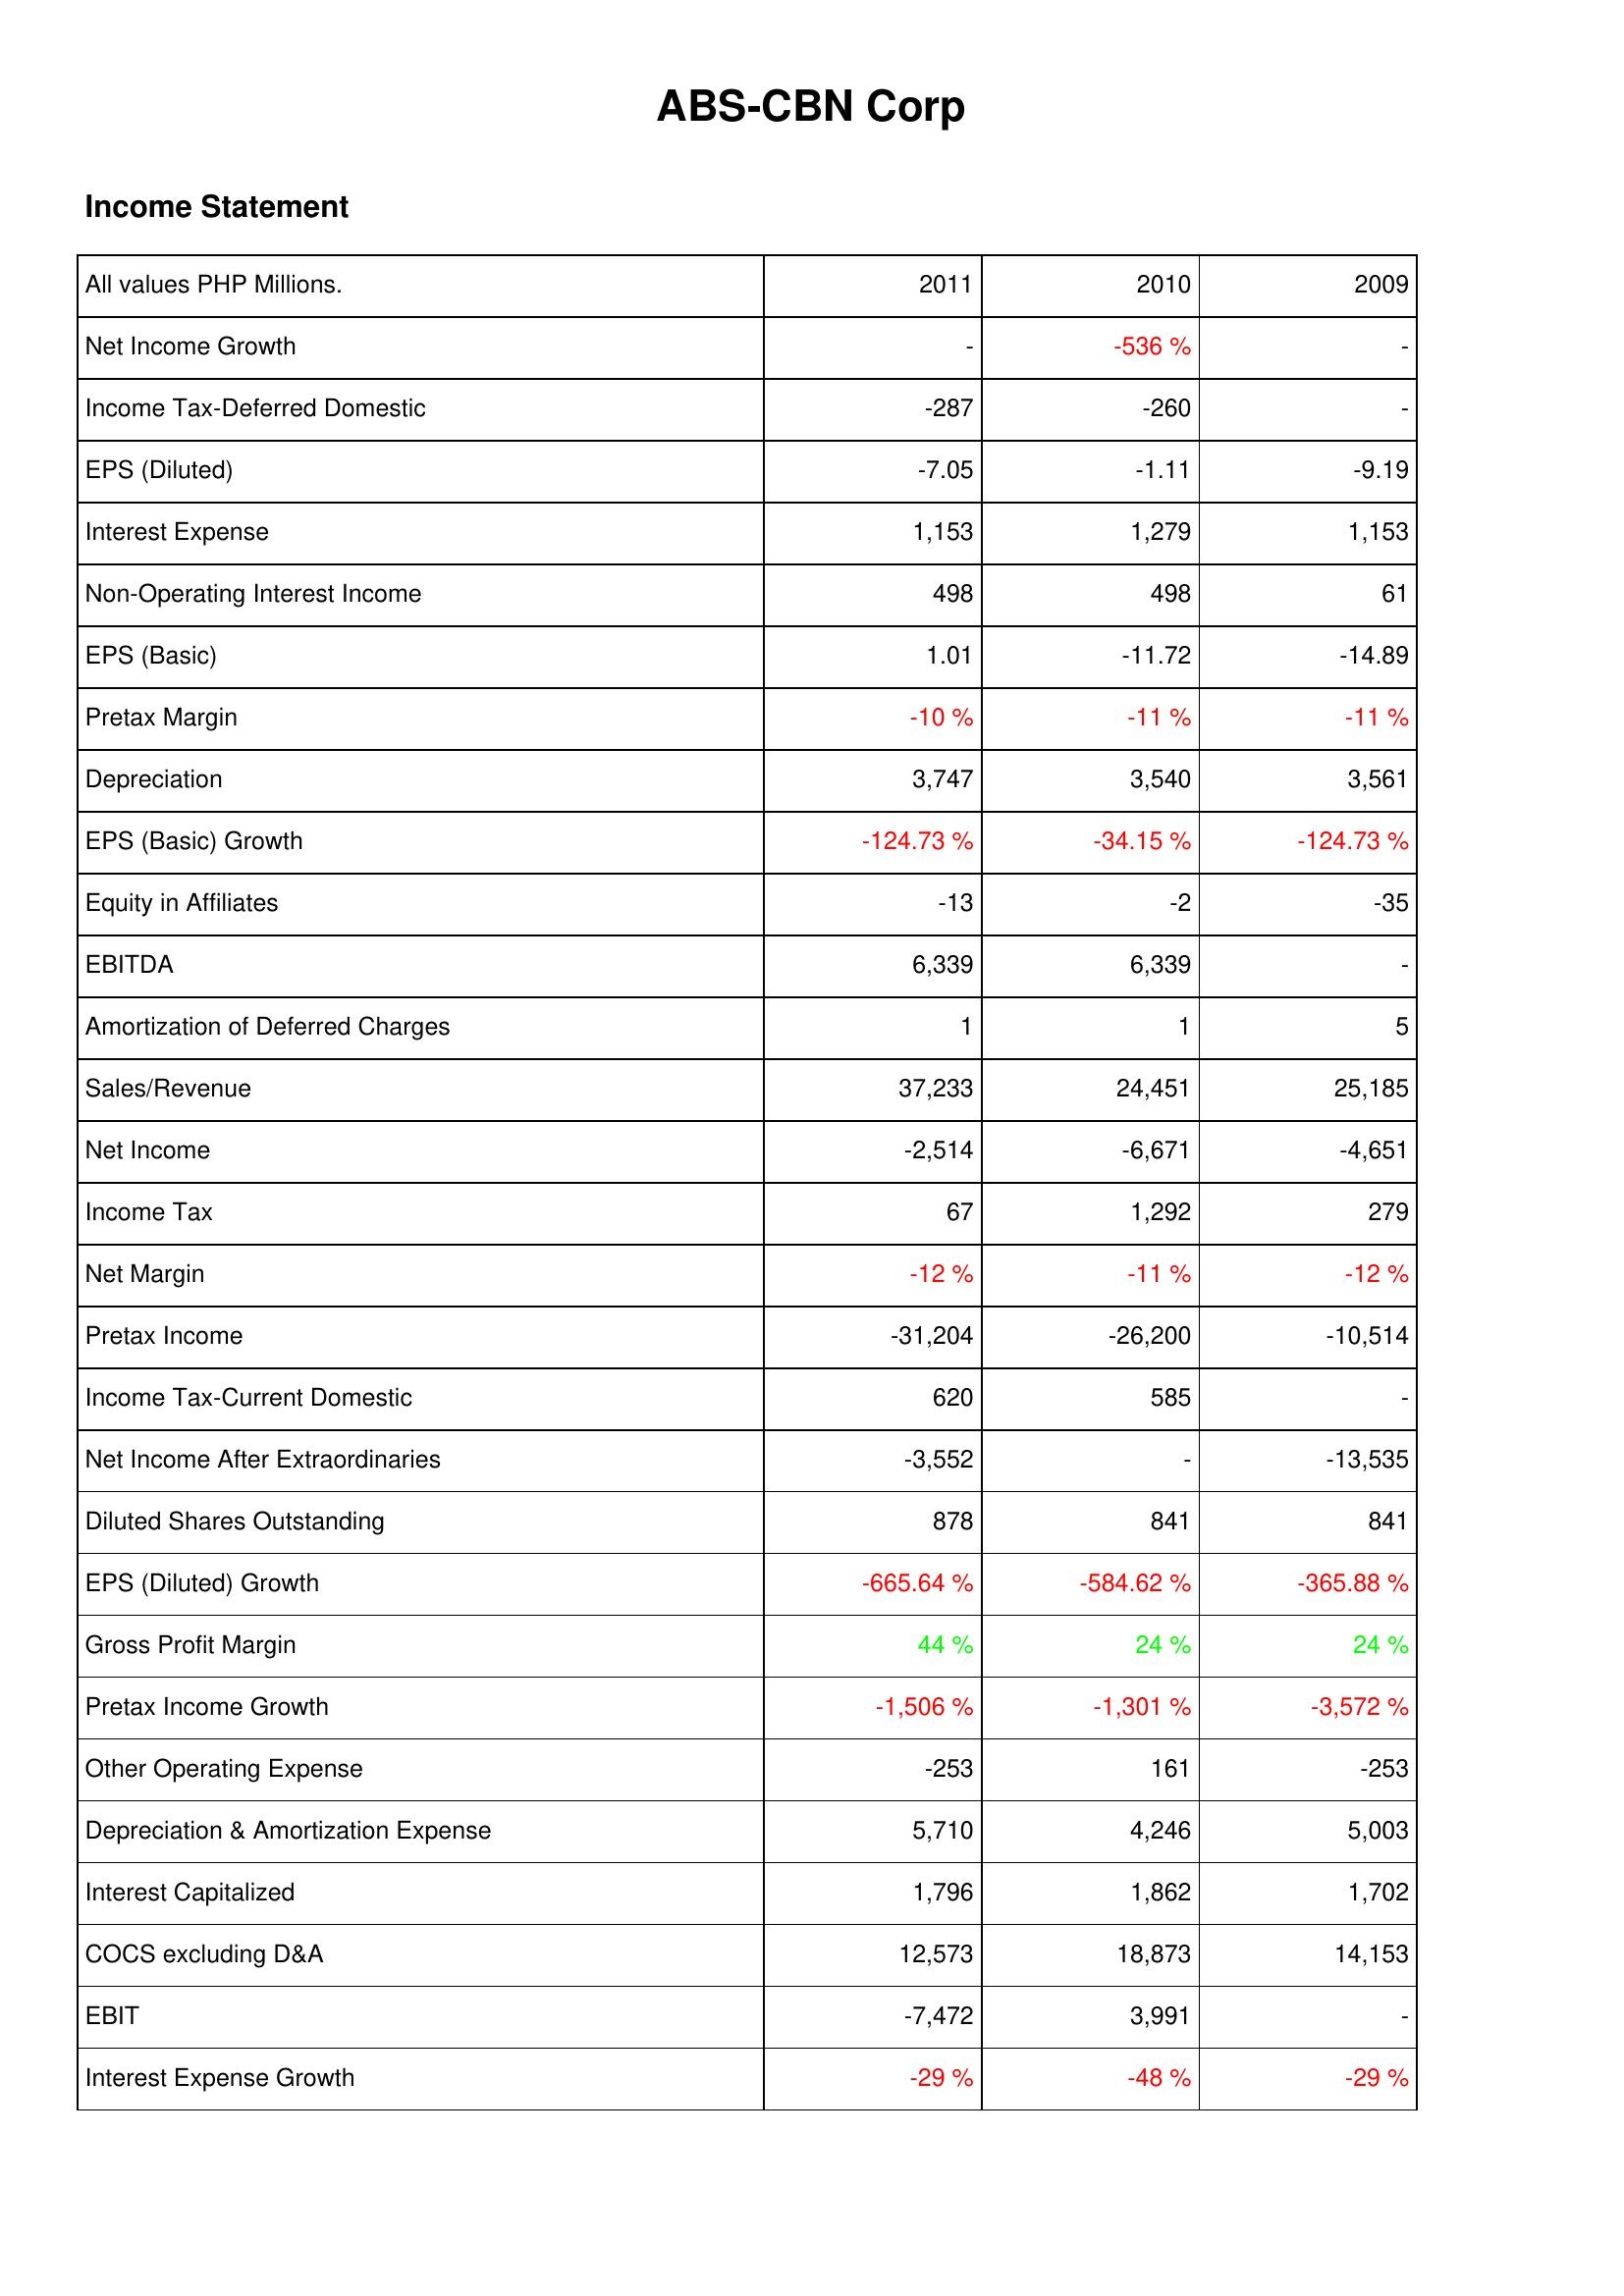
2011: Income Statement: Net Income Growth: -
Income Tax-Deferred Domestic: -287
EPS (Diluted): -7.05
Interest Expense: 1,153
Non-Operating Interest Income: 498
EPS (Basic): 1.01
Pretax Margin: -10 %
Depreciation: 3,747
EPS (Basic) Growth: -124.73 %
Equity in Affiliates: -13
EBITDA: 6,339
Amortization of Deferred Charges: 1
Sales/Revenue: 37,233
Net Income: -2,514
Income Tax: 67
Net Margin: -12 %
Pretax Income: -31,204
Income Tax-Current Domestic: 620
Net Income After Extraordinaries: -3,552
Diluted Shares Outstanding: 878
EPS (Diluted) Growth: -665.64 %
Gross Profit Margin: 44 %
Pretax Income Growth: -1,506 %
Other Operating Expense: -253
Depreciation & Amortization Expense: 5,710
Interest Capitalized: 1,796
COCS excluding D&A: 12,573
EBIT: -7,472
Interest Expense Growth: -29 %
2010: Income Statement: Net Income Growth: -536 %
Income Tax-Deferred Domestic: -260
EPS (Diluted): -1.11
Interest Expense: 1,279
Non-Operating Interest Income: 498
EPS (Basic): -11.72
Pretax Margin: -11 %
Depreciation: 3,540
EPS (Basic) Growth: -34.15 %
Equity in Affiliates: -2
EBITDA: 6,339
Amortization of Deferred Charges: 1
Sales/Revenue: 24,451
Net Income: -6,671
Income Tax: 1,292
Net Margin: -11 %
Pretax Income: -26,200
Income Tax-Current Domestic: 585
Net Income After Extraordinaries: -
Diluted Shares Outstanding: 841
EPS (Diluted) Growth: -584.62 %
Gross Profit Margin: 24 %
Pretax Income Growth: -1,301 %
Other Operating Expense: 161
Depreciation & Amortization Expense: 4,246
Interest Capitalized: 1,862
COCS excluding D&A: 18,873
EBIT: 3,991
Interest Expense Growth: -48 %
2009: Income Statement: Net Income Growth: -
Income Tax-Deferred Domestic: -
EPS (Diluted): -9.19
Interest Expense: 1,153
Non-Operating Interest Income: 61
EPS (Basic): -14.89
Pretax Margin: -11 %
Depreciation: 3,561
EPS (Basic) Growth: -124.73 %
Equity in Affiliates: -35
EBITDA: -
Amortization of Deferred Charges: 5
Sales/Revenue: 25,185
Net Income: -4,651
Income Tax: 279
Net Margin: -12 %
Pretax Income: -10,514
Income Tax-Current Domestic: -
Net Income After Extraordinaries: -13,535
Diluted Shares Outstanding: 841
EPS (Diluted) Growth: -365.88 %
Gross Profit Margin: 24 %
Pretax Income Growth: -3,572 %
Other Operating Expense: -253
Depreciation & Amortization Expense: 5,003
Interest Capitalized: 1,702
COCS excluding D&A: 14,153
EBIT: -
Interest Expense Growth: -29 %